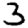
Digit: 3